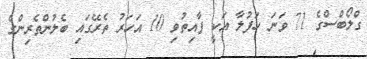
ގްލޯބްސްގެ 71 ވަނަ ހަފުލާ އަކީ ފާއިތުވި 10 އަހަރު ތެރޭގައި ބެލުންތެރިންގެ